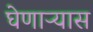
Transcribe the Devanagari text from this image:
घेणाऱ्यास